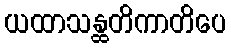
ယထာသန္ထတိကာတိပေ